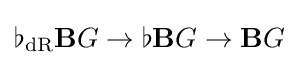
\flat _{\mathrm {dR} }\mathbf {B} G\rightarrow \flat \mathbf {B} G\rightarrow \mathbf {B} G